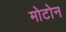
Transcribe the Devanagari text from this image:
मोटोन